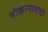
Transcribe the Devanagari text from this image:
नोकऱ्यासांठी